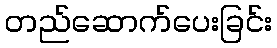
တည်ဆောက်ပေးခြင်း